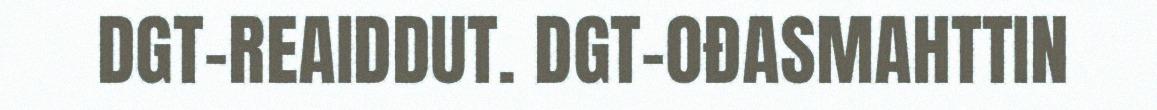
DGT-REAIDDUT. DGT-OĐASMAHTTIN